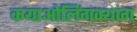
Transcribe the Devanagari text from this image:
कयाओलिंगक्यांग